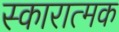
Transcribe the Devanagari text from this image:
स्कारात्मक